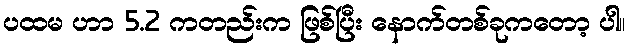
ပထမ ဟာ 5.2 ကတည်းက ဖြစ်ပြီး နောက်တစ်ခုကတော့ ပါ။